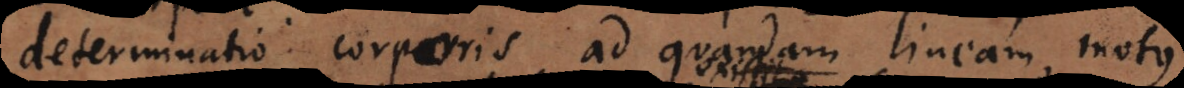
determinatio corporis ad quandam lineam motus